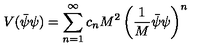
V ( \bar { \psi } \psi ) = \sum _ { n = 1 } ^ { \infty } c _ { n } M ^ { 2 } \left( \frac { 1 } { M } \bar { \psi } \psi \right) ^ { n }